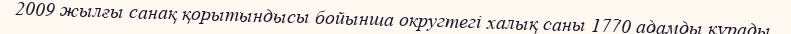
2009 жылғы санақ қорытындысы бойынша округтегі халық саны 1770 адамды құрады.